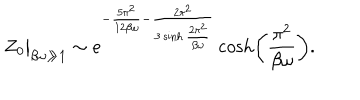
LaTeX: Z _ { 0 } \big | _ { \beta \omega \gg 1 } \sim e ^ { - \frac { 5 \pi ^ { 2 } } { 1 2 \beta \omega } - \frac { 2 \pi ^ { 2 } } { 3 \sinh \frac { 2 \pi ^ { 2 } } { \beta \omega } } } \cosh \biggl ( \frac { \pi ^ { 2 } } { \beta \omega } \biggr ) .